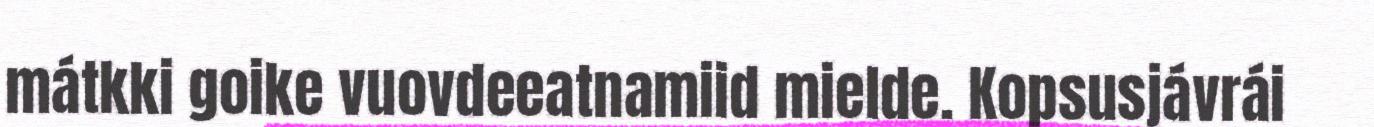
mátkki goike vuovdeeatnamiid mielde. Kopsusjávrái